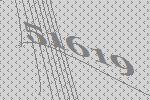
51619